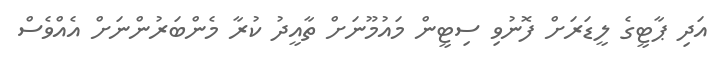
އަދި ޕާޓީގެ ލީޑަރަށް ފޮނުވި ސިޓީން މައުމޫނަށް ތާއީދު ކުރާ މެންބަރުންނަށް އެއްވެސް